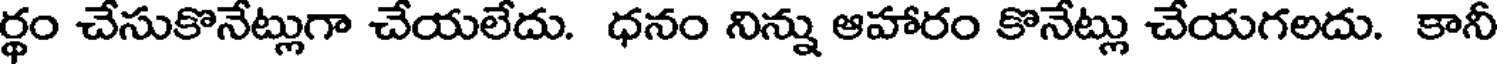
ర్థం చేసుకొనేట్లుగా చేయలేదు. ధనం నిన్ను ఆహారం కొనేట్లు చేయగలదు. కానీ